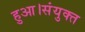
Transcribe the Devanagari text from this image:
हुआ।संयुक्त